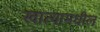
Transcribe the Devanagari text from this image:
खात्यामधील